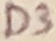
Text: D3